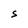
Character: S